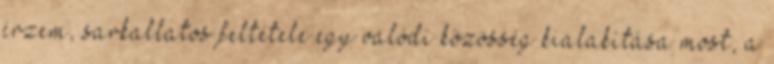
érzem, sarkallatos feltétele egy valódi közösség kialakítása most, a